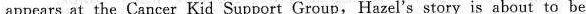
appears at the Cancer Kid Support Group,Hazel's story is about to be